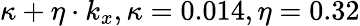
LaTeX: \kappa+\eta\cdot k_{x},\kappa=0.014,\eta=0.32